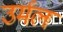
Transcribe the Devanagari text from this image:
उर्मल